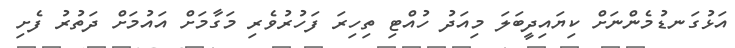
އަޅުގަނޑުމެންނަށް ކިޔައިދީބަލަ މިއަދު ހުއްޓި ތިހިރަ ފަހުރުވެރި މަގާމަށް އައުމަށް ދަތުރު ފެށި